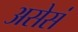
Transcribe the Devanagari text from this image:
असेसं